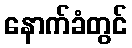
နောက်ခံတွင်